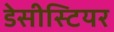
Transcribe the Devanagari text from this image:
डेसीस्टियर